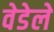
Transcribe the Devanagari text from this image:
वेडेले